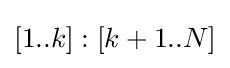
[1..k]:[k+1..N]